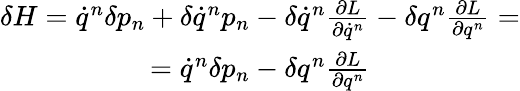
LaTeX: \begin{array}{c}{\delta H=\dot{q}^{n}\delta p_{n}+\delta\dot{q}^{n}p_{n}-\delta\dot{q}^{n}\frac{\partial L}{\partial\dot{q}^{n}}-\delta q^{n}\frac{\partial L}{\partial q^{n}}=}\\ {=\dot{q}^{n}\delta p_{n}-\delta q^{n}\frac{\partial L}{\partial q^{n}}}\end{array}